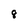
Character: 8